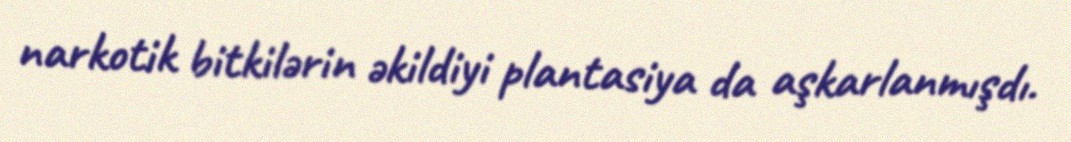
narkotik bitkilərin əkildiyi plantasiya da aşkarlanmışdı.